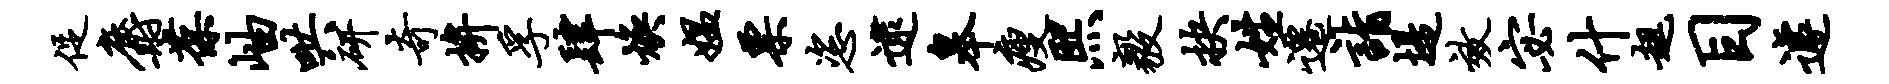
促麝葆岫哄研奇拚孚肆焕媪票恣逮皋瘦熙毅抉姓迁诣堤效宓什趄目遽